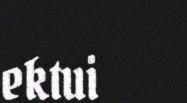
ektui